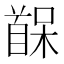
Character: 𫗷